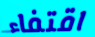
اقتفاء